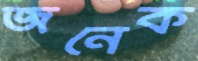
জনেক